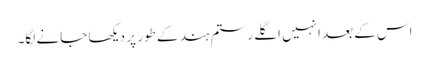
اس کے بعد انہیں اگلے رستم ہند کے طور پر دیکھا جانے لگا۔